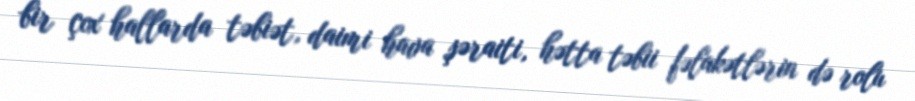
bir çox hallarda təbiət, daimi hava şəraiti, hətta təbii fəlakətlərin də rolu